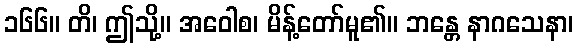
၁၆၆။ တိ၊ ဤသို့။ အဝေါစ၊ မိန့်တော်မူ၏။ ဘန္တေ နာဂသေနာ၊